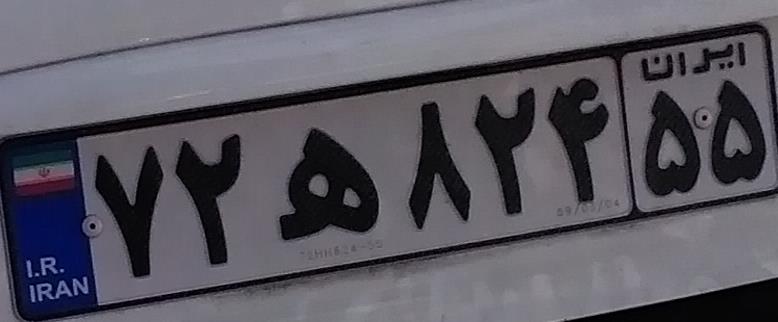
۷۲ه۸۲۴۵۵